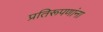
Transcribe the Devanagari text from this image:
प्रतिरूपणांना